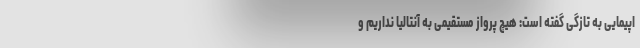
اپیمایی به تازگی گفته است: هیچ پرواز مستقیمی به آنتالیا نداریم و